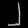
Digit: ၂